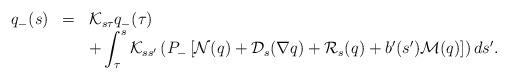
LaTeX: \begin{align*}\begin{array}{lll}q_-(s)&=&\mathcal{K}_{s\tau} q_-(\tau)\\&&+\displaystyle \int_{\tau}^{s} \mathcal{K}_{s s' }\left (P_-\left [\mathcal{N} (q)+\mathcal{D}_s(\nabla q)+\mathcal{R}_s (q)+b'(s')\mathcal{M}(q)\right ]\right )ds'.\end{array}\end{align*}